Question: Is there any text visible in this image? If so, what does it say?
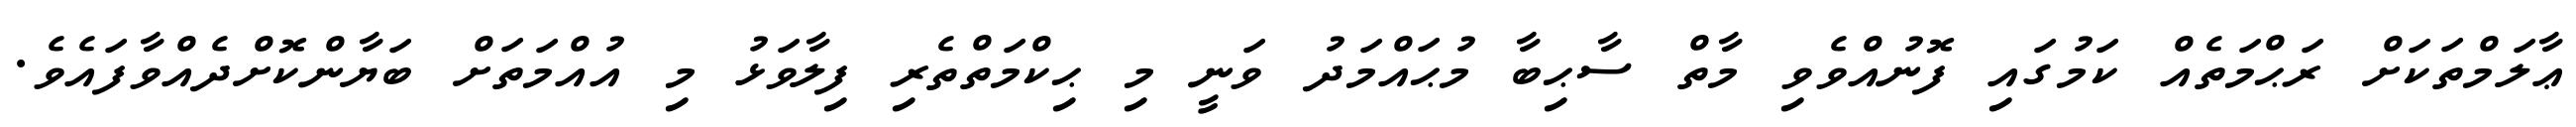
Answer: ޢާލަމްތަކަށް ރަޙްމަތެއް ކަމުގައި ފޮނުއްވެވި މާތް ސާޙިބާ މުޙައްމަދު ވަނީ މި ޙިކްމަތްތެރި ފިލާވަޅު މި އުއްމަތަށް ބަޔާންކޮށްދެއްވާފައެވެ.